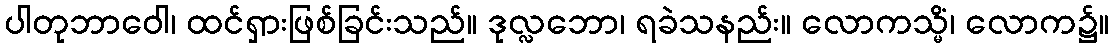
ပါတုဘာဝေါ၊ ထင်ရှားဖြစ်ခြင်းသည်။ ဒုလ္လဘော၊ ရခဲသနည်း။ လောကသ္မိံ၊ လောက၌။